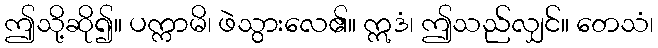
ဤသို့ဆို၍။ ပက္ကာမိ၊ ဖဲသွားလေ၏။ ဣဒံ၊ ဤသည်လျှင်။ တေသံ၊